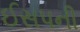
ઈસપની